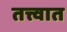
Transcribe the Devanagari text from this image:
तत्त्वात